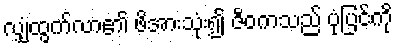
လျှံထွက်လာ၏ ဖိအားသုံး၍ ဇီဝကသည် ပုံပြင်ကို